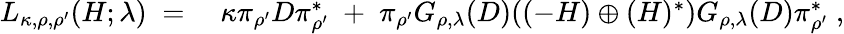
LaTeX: \begin{array}{rl}{L_{\kappa,\rho,\rho^{\prime}}(H;\lambda)\; =\; }&{{}\kappa\pi_{\rho^{\prime}}D\pi_{\rho^{\prime}}^{*}\; +\; \pi_{\rho^{\prime}}G_{\rho,\lambda}(D)((-H)\oplus(H)^{*})G_{\rho,\lambda}(D)\pi_{\rho^{\prime}}^{*}\; ,}\end{array}